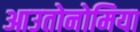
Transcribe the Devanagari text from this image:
आउतोनोमिया